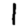
Digit: 1